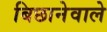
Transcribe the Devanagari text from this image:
बिछानेवाले